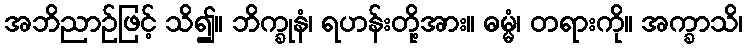
အဘိညာဉ်ဖြင့် သိ၍။ ဘိက္ခုနံ၊ ရဟန်းတို့အား။ ဓမ္မံ၊ တရားကို။ အက္ခာသိ၊